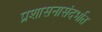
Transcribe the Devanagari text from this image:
प्रशासनासंदर्भात